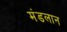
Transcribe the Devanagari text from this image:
मंडलान